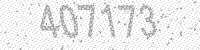
Solution: 407173